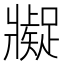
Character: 𱭖